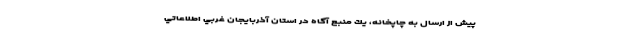
پيش از ارسال به چاپخانه، يك منبع آگاه در استان آذربايجان غربي اطلاعاتي